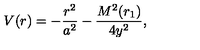
V ( r ) = - \frac { r ^ { 2 } } { a ^ { 2 } } - \frac { M ^ { 2 } ( r _ { 1 } ) } { 4 y ^ { 2 } } ,